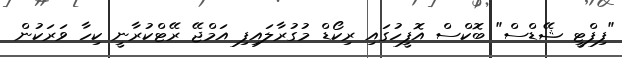
"ފިފްޓީ ޝޭޑްސް" ބޮކްސް އޮފީހުގައި ރިކޯޑް މުގުރާލައިފި އަމްޖޭ ރޭޓްކުރާނީ ކިހާ ވަރަކުން